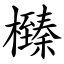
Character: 㰉